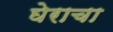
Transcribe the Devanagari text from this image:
घेराचा